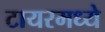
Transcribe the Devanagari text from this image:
टायरमध्ये